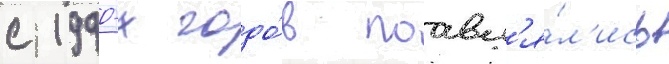
с 1990-х годо́в поавл'я́л'ись